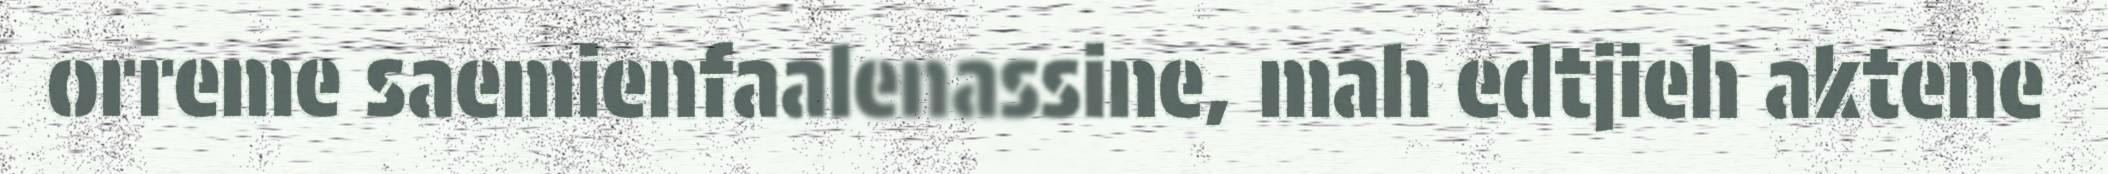
orreme saemienfaalenassine, mah edtjieh aktene